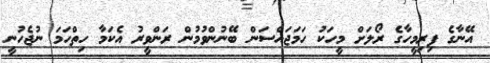
އޭނާގެ ފިރިމީހާގެ ރޯލަށް މީހަކު ހަމަޖައްސަން ބޭނުންވުމުން ރަންވީރު އެކަމާ ހިތްހަމަ ނުޖެހުނީ